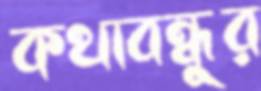
কথাবন্ধুর